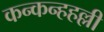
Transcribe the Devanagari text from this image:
कन्कन्हहल्ली